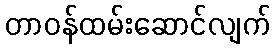
တာဝန်ထမ်းဆောင်လျက်